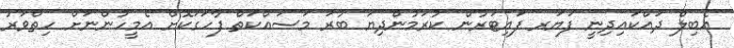
އެބިލް ދައްކައިދިނީ ފަޔަރ ފައިޓަރުން ކުރަމުންދިޔަ ބުރަ މަސައްކަތް ފާހަގަކޮށް އެމީހުންނަށް ހިތްވަރު